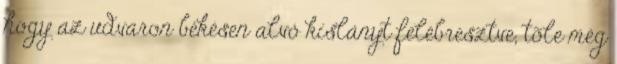
hogy az udvaron békésen alvó kislányt felébresztve, tõle még